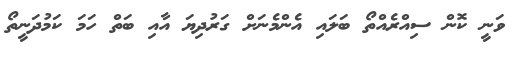
ވަނީ ކޮން ސިއްރެއްތޯ ބަލައި އެންމެނަށް ގަރުދިޔަ އާއި ބަތް ހަމަ ކަމުދަނީތޯ